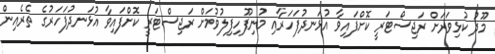
މޫދު ކުޅިވަރަށް ރަޖިސްޓަރީ ކޮށްފައިވާ އުޅަނދުފަހަރާއި މުނިފޫހިފިލުވުމަށް ރަޖިސްޓަރީ ކޮށްފައިވާ އުޅަނދުފަހަރުގެ ތެރެއިން